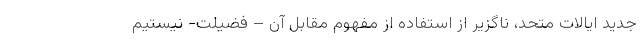
جدید ایالات متحد، ناگزیر از استفاده از مفهوم مقابل آن – فضیلت- نیستیم